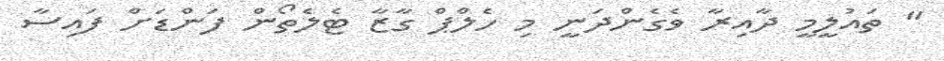
" ތައުލީމީ ދާއިރާ ވެގެންދަނީ މި ހެލްޕް ގާޒާ ޓެލެތޯން ފަންޑަށް ފައިސާ